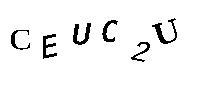
CEUC2U